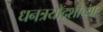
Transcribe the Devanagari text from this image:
धनत्रयोदशीच्या